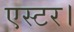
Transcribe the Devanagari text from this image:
एस्टर।